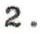
2.